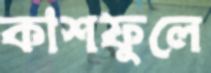
কাশফুলে